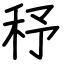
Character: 𥝱